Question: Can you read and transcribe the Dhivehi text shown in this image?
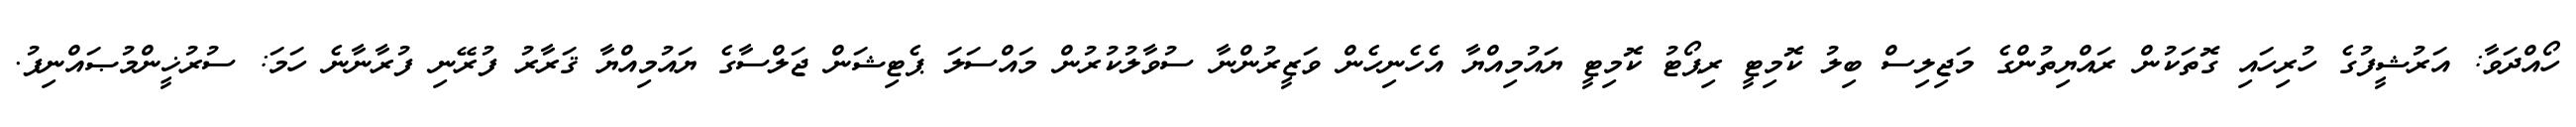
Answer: ހޯއްދަވާ: އަރުޝީފުގެ ހުރިހައި ގޮތަކުން ރައްޔިތުންގެ މަޖިލިސް ބިލު ކޮމިޓީ ރިޕޯޓު ކޮމިޓީ ޔައުމިއްޔާ އެހެނިހެން ވަޒީރުންނާ ސުވާލުކުރުން މައްސަލަ ޕެޓިޝަން ޖަލްސާގެ ޔައުމިއްޔާ ޤަރާރު ފުރޭނި ފުރާނާނެ ހަމަ: ސުރުޚީންމުޞައްނިފު.